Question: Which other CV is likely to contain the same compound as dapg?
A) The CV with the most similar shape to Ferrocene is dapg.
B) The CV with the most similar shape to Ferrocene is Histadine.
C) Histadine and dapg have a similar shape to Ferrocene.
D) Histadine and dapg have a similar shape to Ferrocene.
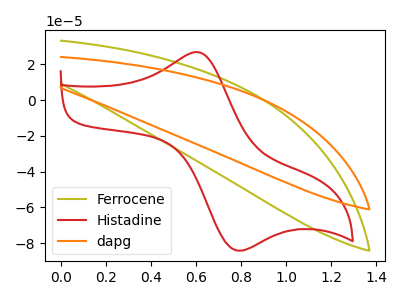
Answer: <think>The olive curve "Ferrocene" has no peaks. The red curve "Histadine" has an anodic peak at (0.60V, 26.85uA) and a cathodic peak at (0.75V, -83.75uA). The orange curve "dapg" has no peaks.
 "Ferrocene" and "Histadine" have a different number of peaks. Neither "Ferrocene" or "dapg" have any peaks. "Histadine" and "dapg" have a different number of peaks.</think>
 <answer>A) The CV with the most similar shape to "Ferrocene" is "dapg".</answer>
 <eval>A</eval>